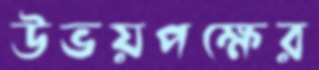
উভয়পক্ষের